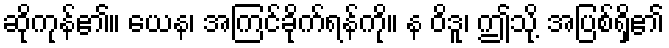
ဆိုကုန်၏။ ယေန၊ အကြင်ခိုက်ရန်ကို။ န ဝိဒူ၊ ဤသို့ အပြစ်ရှိ၏